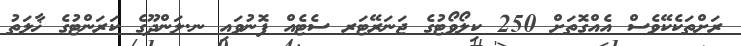
ރަށްތަކެކޭވެސް އެއްގޮތަށް 250 ކިލޯވޯޓުގެ ޖަނަރޭޓަރ ސެޓެއް ފޮނުވައި ނ.ލަންދޫގެ ކަރަންޓުގެ ޚާލަތު